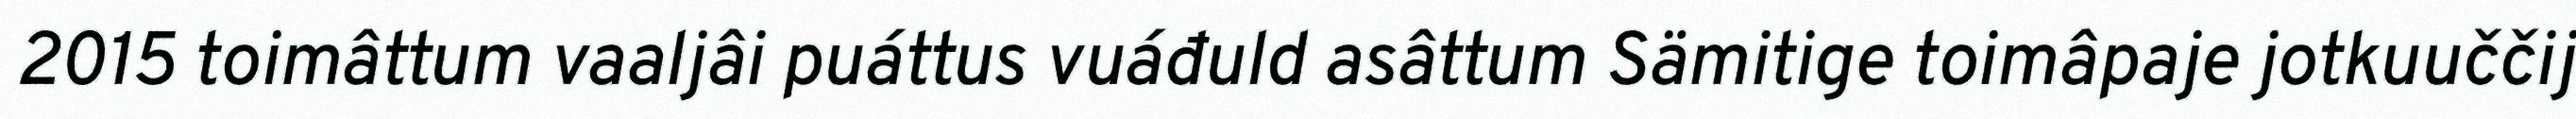
2015 toimâttum vaaljâi puáttus vuáđuld asâttum Sämitige toimâpaje jotkuuččij